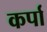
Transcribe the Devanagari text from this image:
कर्पा